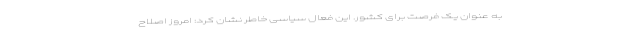
به عنوان یک فرصت برای کشور. این فعال سیاسی خاطر نشان کرد: امروز اصلاح